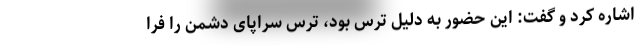
اشاره کرد و گفت: این حضور به دلیل ترس بود، ترس سراپای دشمن را فرا